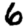
Digit: 6